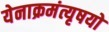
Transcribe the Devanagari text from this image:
येनाक्रमंत्यृषयो